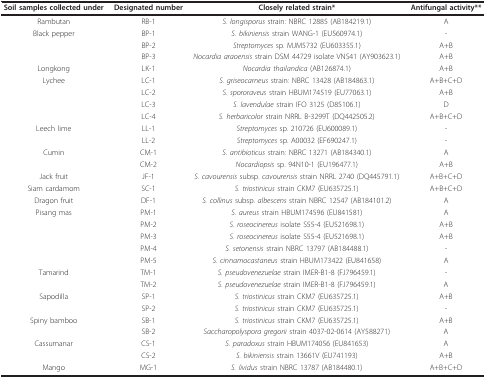
<table><thead><tr><td><b>Soil samples collected under</b></td><td><b>Designated number</b></td><td><b>Closely related strain*</b></td><td><b>Antifungal activity**</b></td></tr></thead><tbody><tr><td>Rambutan</td><td>RB-1</td><td><i>S. longisporus </i>strain: NBRC 12885 (AB184219.1)</td><td>A</td></tr><tr><td>Black pepper</td><td>BP-1</td><td><i>S. bikiniensis </i>strain WANG-1 (EU560974.1)</td><td>-</td></tr><tr><td></td><td>BP-2</td><td><i>Streptomyces</i> sp. MJM5732 (EU603355.1)</td><td>A+B</td></tr><tr><td></td><td>BP-3</td><td><i>Nocardia araoensis</i> strain DSM 44729 isolate VNS41 (AY903623.1)</td><td>A+B</td></tr><tr><td>Longkong</td><td>LK-1</td><td><i>Nocardia thailandica </i>(AB126874.1)</td><td>A+B</td></tr><tr><td>Lychee</td><td>LC-1</td><td><i>S. griseocarneus </i>strain: NBRC 13428 (AB184863.1)</td><td>A+B+C+D</td></tr><tr><td></td><td>LC-2</td><td><i>S. spororaveus </i>strain HBUM174519 (EU77063.1)</td><td>A+B</td></tr><tr><td></td><td>LC-3</td><td><i>S. lavendulae </i>strain IFO 3125 (D85106.1)</td><td>D</td></tr><tr><td></td><td>LC-4</td><td><i>S. herbaricolor </i>strain NRRL B-3299T (DQ442505.2)</td><td>A+B+C+D</td></tr><tr><td>Leech lime</td><td>LL-1</td><td><i>Streptomyces </i>sp. 210726 (EU600089.1)</td><td>-</td></tr><tr><td></td><td>LL-2</td><td><i>Streptomyces </i>sp. A00032 (EF690247.1)</td><td>-</td></tr><tr><td>Cumin</td><td>CM-1</td><td><i>S. antibioticus </i>strain: NBRC 13271 (AB184340.1)</td><td>A</td></tr><tr><td></td><td>CM-2</td><td><i>Nocardiopsis </i>sp. 94N10-1 (EU196477.1)</td><td>A+B</td></tr><tr><td>Jack fruit</td><td>JF-1</td><td><i>S. cavourensis </i>subsp. <i>cavourensis </i>strain NRRL 2740 (DQ445791.1)</td><td>A+B+C+D</td></tr><tr><td>Siam cardamom</td><td>SC-1</td><td><i>S. triostinicus </i>strain CKM7 (EU635725.1)</td><td>A+B+C+D</td></tr><tr><td>Dragon fruit</td><td>DF-1</td><td><i>S. collinus </i>subsp. <i>albescens </i>strain NBRC 12547 (AB184101.2)</td><td>A</td></tr><tr><td>Pisang mas</td><td>PM-1</td><td><i>S. aureus </i>strain HBUM174596 (EU841581)</td><td>A</td></tr><tr><td></td><td>PM-2</td><td><i>S. roseocinereus </i>isolate S55-4 (EU521698.1)</td><td>A+B</td></tr><tr><td></td><td>PM-3</td><td><i>S. roseocinereus</i> isolate S55-4 (EU521698.1)</td><td>A+B</td></tr><tr><td></td><td>PM-4</td><td><i>S. setonensis </i>strain NBRC 13797 (AB184488.1)</td><td>-</td></tr><tr><td></td><td>PM-5</td><td><i>S. cinnamocastaneus </i>strain HBUM173422 (EU841658)</td><td>A</td></tr><tr><td>Tamarind</td><td>TM-1</td><td><i>S. pseudovenezuelae </i>strain IMER-B1-8 (FJ796459.1)</td><td>-</td></tr><tr><td></td><td>TM-2</td><td><i>S. pseudovenezuelae </i>strain IMER-B1-8 (FJ796459.1)</td><td>A</td></tr><tr><td>Sapodilla</td><td>SP-1</td><td><i>S. triostinicus </i>strain CKM7 (EU635725.1)</td><td>A+B</td></tr><tr><td></td><td>SP-2</td><td><i>S. triostinicus </i>strain CKM7 (EU635725.1)</td><td>-</td></tr><tr><td>Spiny bamboo</td><td>SB-1</td><td><i>S. triostinicus </i>strain CKM7 (EU635725.1)</td><td>A+B</td></tr><tr><td></td><td>SB-2</td><td><i>Saccharopolyspora gregorii </i>strain 4037-02-0614 (AY588271)</td><td>A</td></tr><tr><td>Cassumanar</td><td>CS-1</td><td><i>S. paradoxus </i>strain HBUM174056 (EU841653)</td><td>A</td></tr><tr><td></td><td>CS-2</td><td><i>S. bikiniensis </i>strain 13661V (EU741193)</td><td>A+B</td></tr><tr><td>Mango</td><td>MG-1</td><td><i>S. lividus </i>strain NBRC 13787 (AB184480.1)</td><td>A+B+C+D</td></tr></tbody></table>